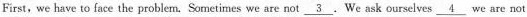
First, we have to face the problem. Sometimes we are not \underline{3}. We ask ourselves \underline{4} we are not